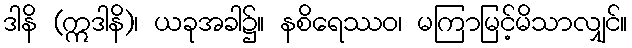
ဒါနိ (ဣဒါနိ)၊ ယခုအခါ၌။ နစိရေဿဝ၊ မကြာမြင့်မိသာလျှင်။